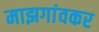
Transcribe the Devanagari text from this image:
माझगांवकर